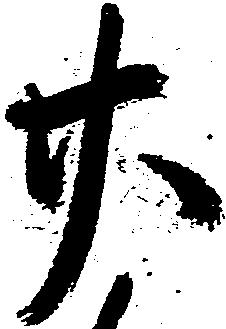
廿